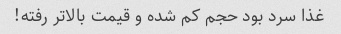
غذا سرد بود حجم کم شده و قیمت بالاتر رفته!